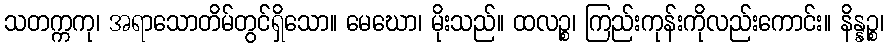
သတက္ကကု၊ အရာသောတိမ်တွင်ရှိသော။ မေဃော၊ မိုးသည်။ ထလဉ္စ၊ ကြည်းကုန်းကိုလည်းကောင်း။ နိန္နဉ္စ၊